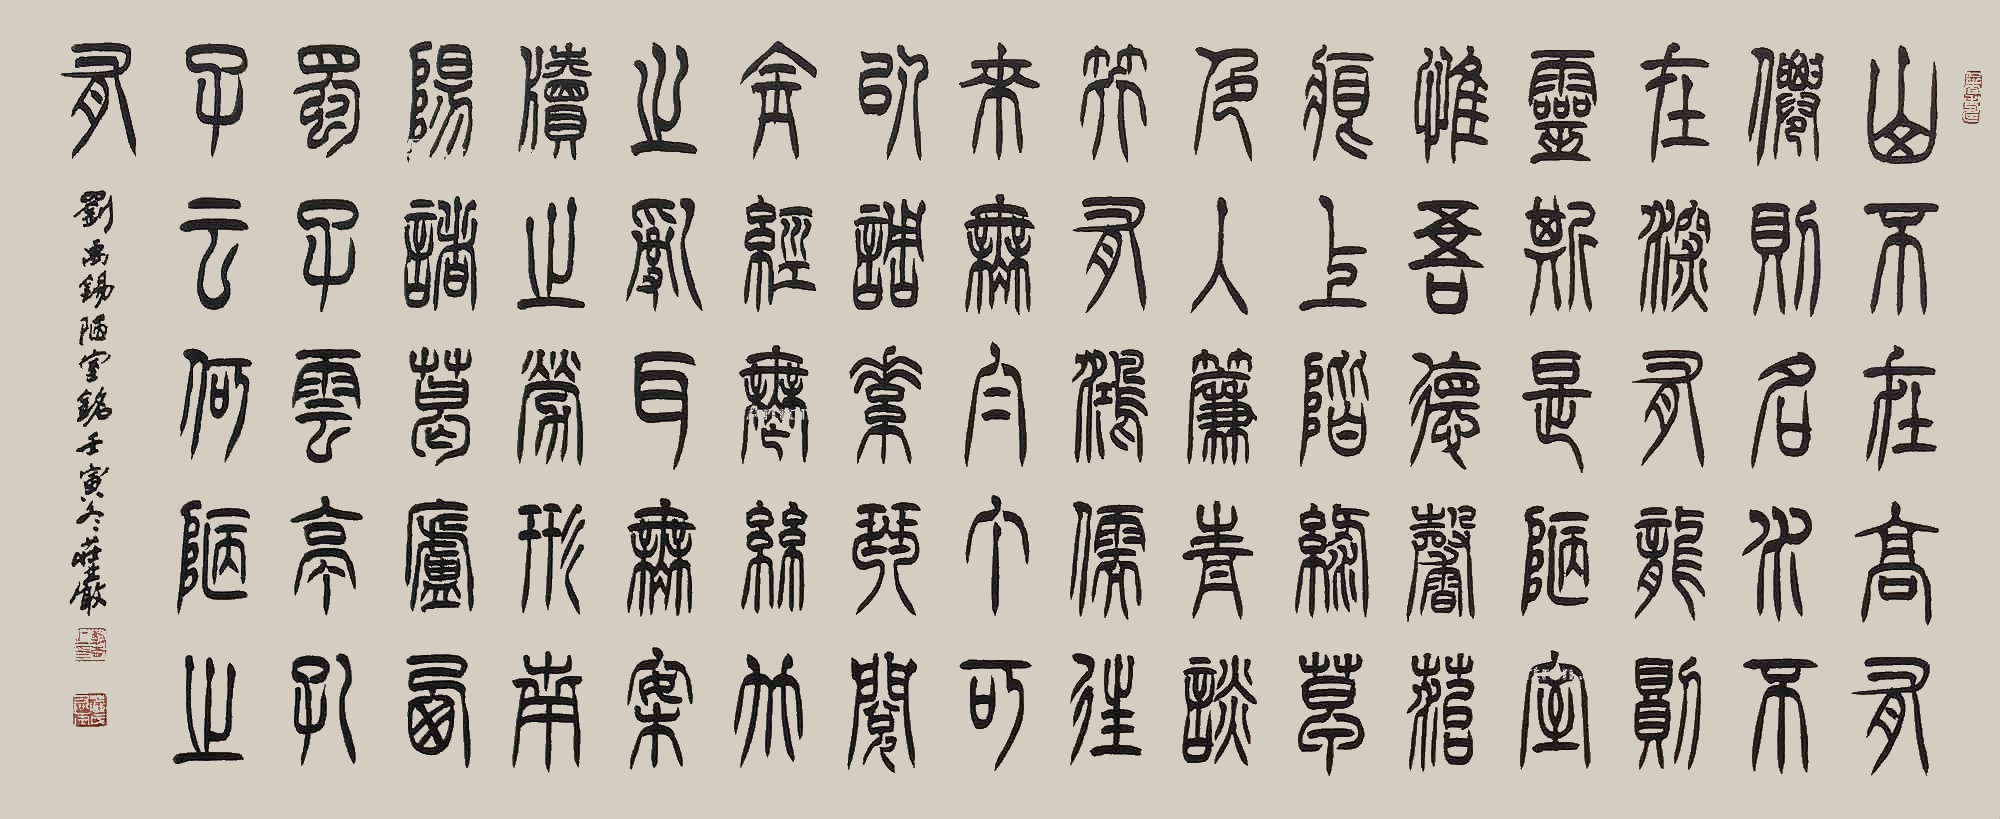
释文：山不在高，有仙则名。水不在深，有龙则灵。斯是陋室，惟吾德馨。苔痕上阶绿，草色入帘青。谈笑有鸿儒，往来无白丁。可以调素琴，阅金经。无丝竹之乱耳，无案牍之劳形。南阳诸葛庐，西蜀子云亭。孔子云：何陋之有？刘禹锡陋室铭壬寅冬荘厳